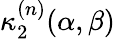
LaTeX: \kappa_{2}^{(n)}(\alpha,\beta)